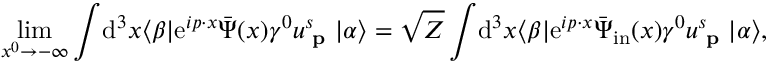
\operatorname* { l i m } _ { x ^ { 0 } \rightarrow - \infty } \int \! \mathrm { d } ^ { 3 } x \langle \beta | \mathrm { e } ^ { i p \cdot x } { \bar { \Psi } } ( x ) \gamma ^ { 0 } u _ { \textbf { p } } ^ { s } | \alpha \rangle = { \sqrt { Z } } \int \! \mathrm { d } ^ { 3 } x \langle \beta | \mathrm { e } ^ { i p \cdot x } { \bar { \Psi } } _ { \mathrm { i n } } ( x ) \gamma ^ { 0 } u _ { \textbf { p } } ^ { s } | \alpha \rangle ,